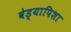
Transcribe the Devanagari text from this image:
वेड्यापिशा